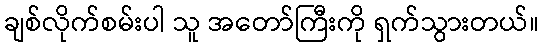
ချစ်လိုက်စမ်းပါ သူ အတော်ကြီးကို ရှက်သွားတယ်။